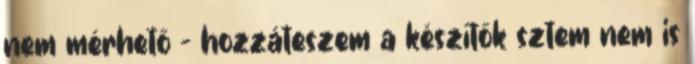
nem mérhető – hozzáteszem a készítők sztem nem is